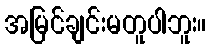
အမြင်ချင်းမတူပါဘူး။